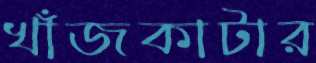
খাঁজকাটার